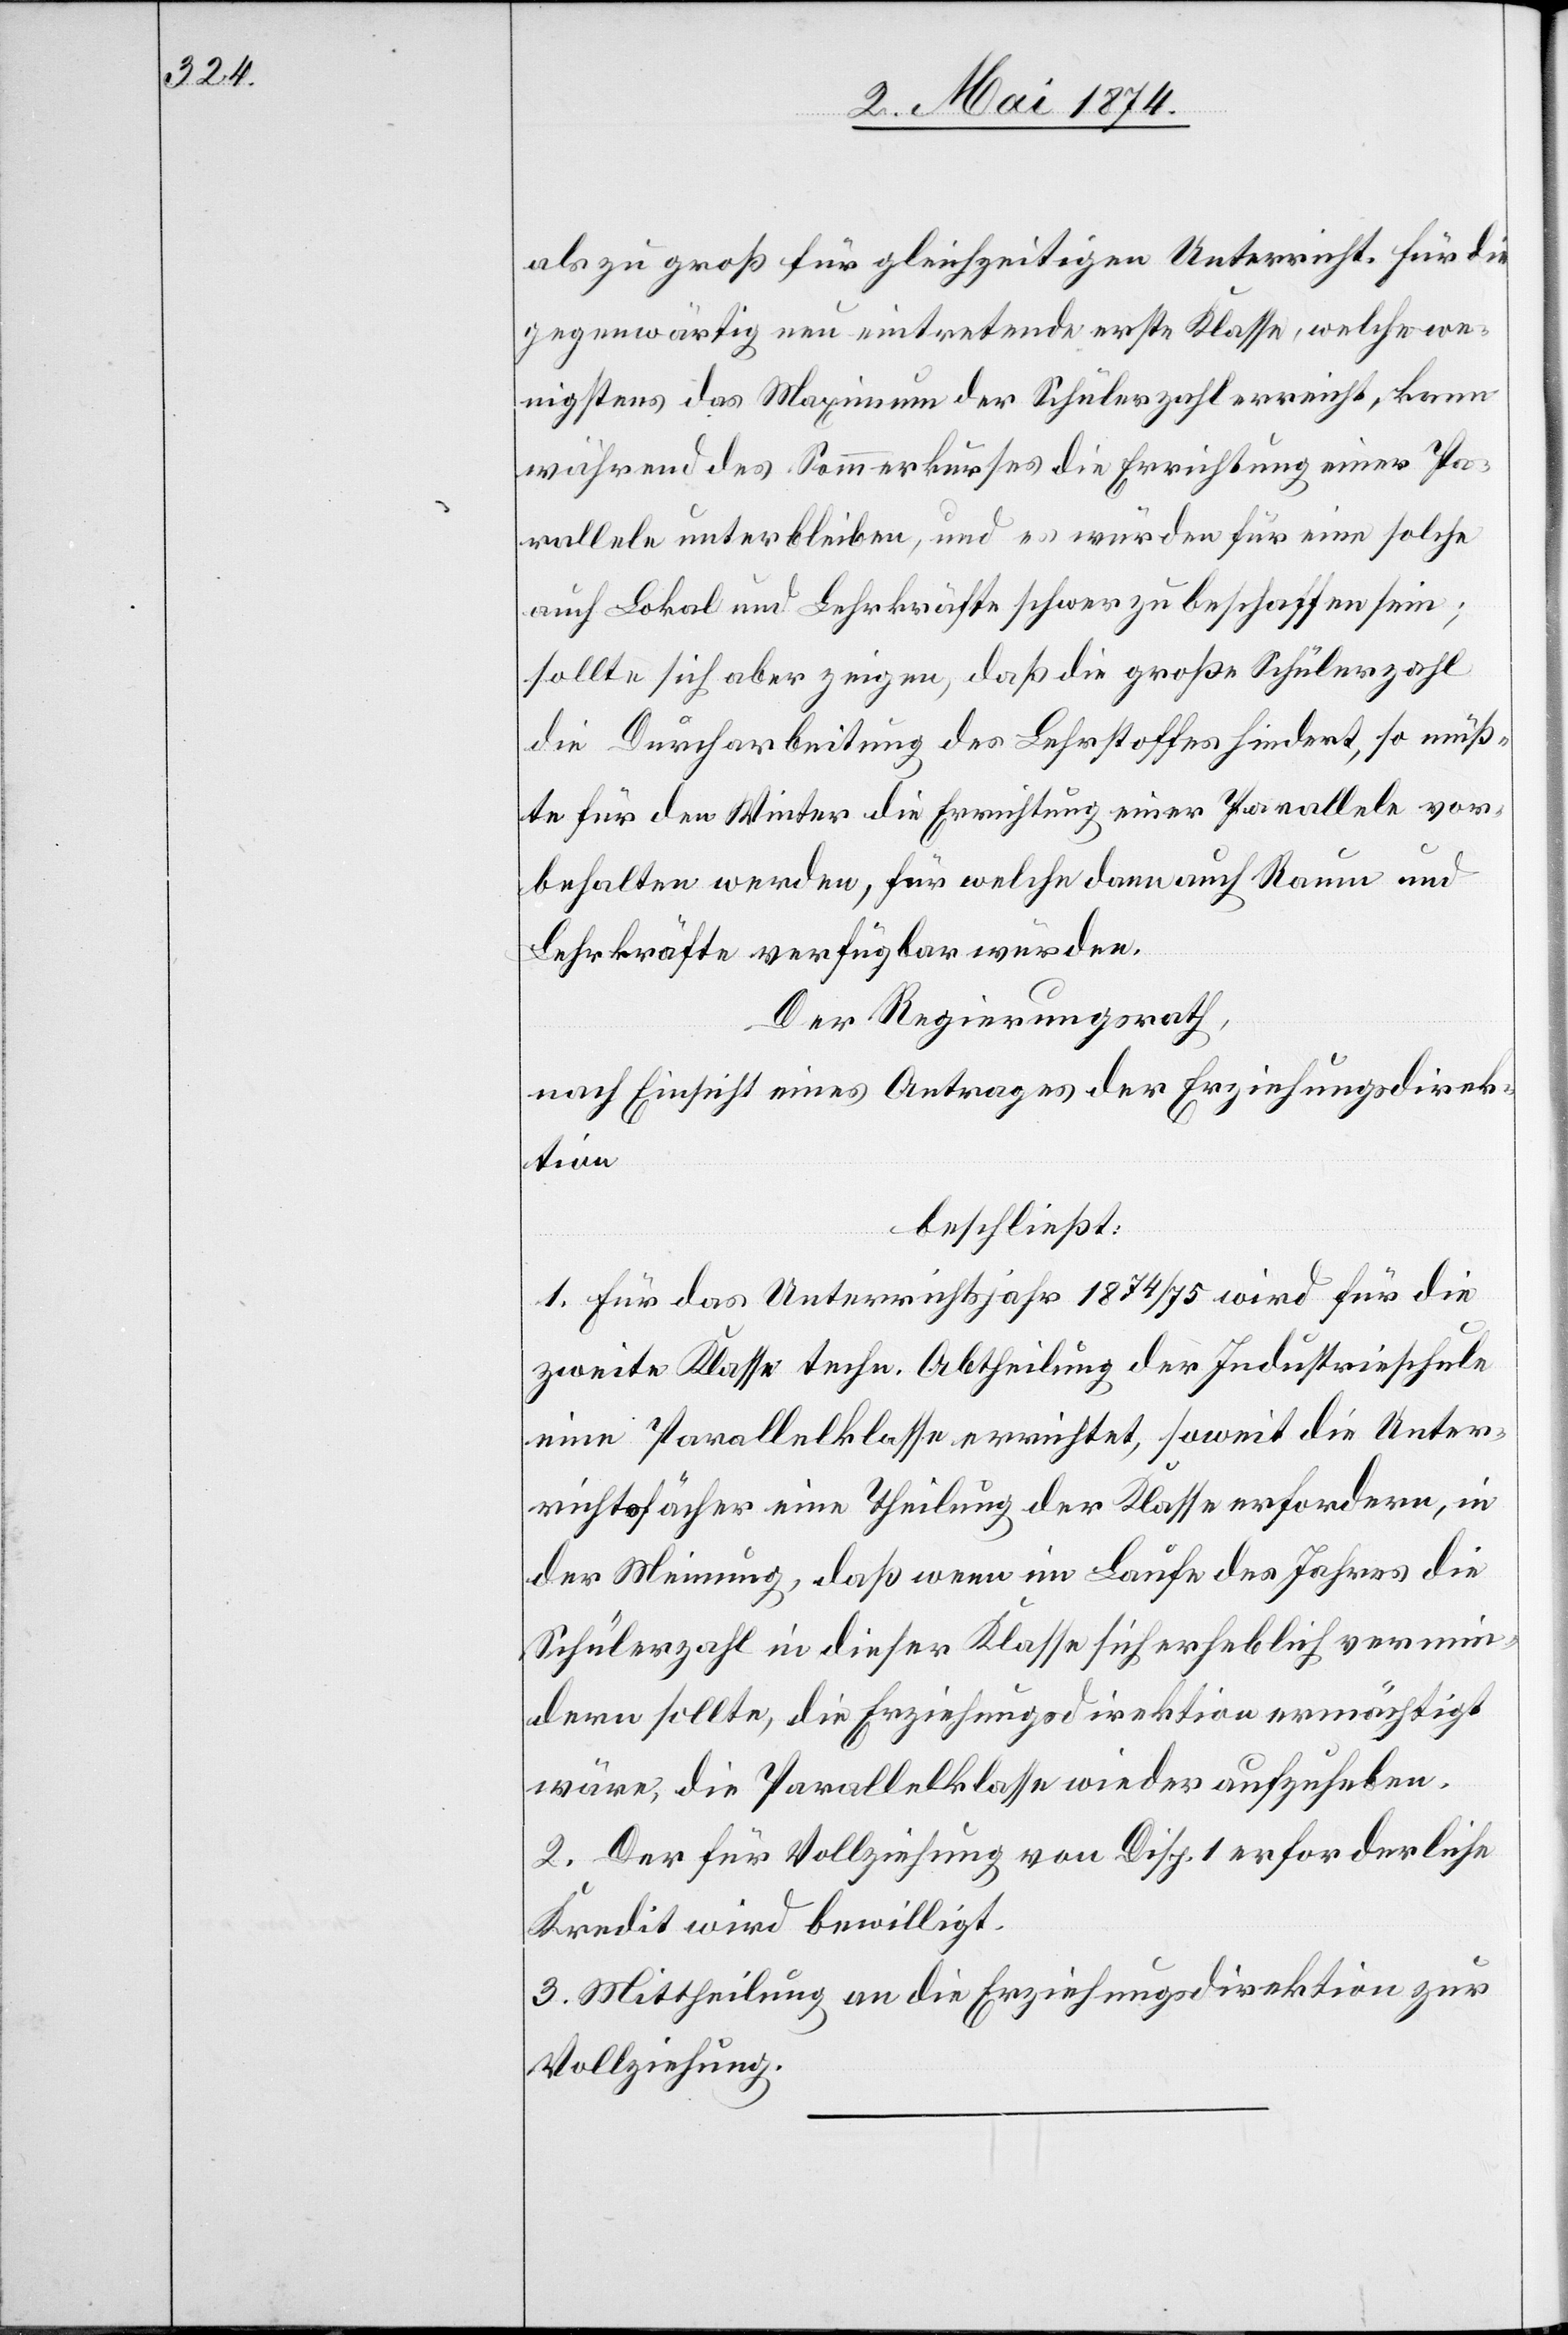
als zu groß für gleichzeitigen Unterricht. Für die
gegenwärtig neu eintretende erste Klasse, welche we¬
nigstens das Maximum der Schülerzahl erreicht, kann
während des Sommerkurses die Errichtung einer Pa¬
rallele unterbleiben, und es würden für eine solche
auch Lokal und Lehrkräfte schwer zu beschaffen sein;
sollte sich aber zeigen, daß die große Schülerzahl
die Durcharbeitung des Lehrstoffes hindert, so müß¬
te für den Winter die Errichtung einer Parallele vor¬
behalten werden, für welche dann auch Raum und
Lehrkräfte verfügbar würden.
Der Regierungsrath
nach Einsicht eines Antrages der Erziehungsdirek¬
tion,
beschließt:
1. Für das Unterrichtsjahr 1874/75 wird für die
zweite Klasse techn. Abtheilung der Industrieschule
eine Parallelklasse errichtet, soweit die Unter¬
richtsfächer eine Theilung der Klasse erfordern, in
der Meinung, daß wenn im Laufe des Jahres die
Schülerzahl in dieser Klasse sich erheblich vermin¬
dern sollte, die Erziehungsdirektion ermächtigt
wäre, die Parallelklasse wieder aufzuheben.
2. Der für Vollziehung von Disp. 1 erforderliche
Kredit wird bewilligt.
3. Mittheilung an die Erziehungsdirektion zur
Vollziehung.